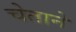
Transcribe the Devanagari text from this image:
चेताने